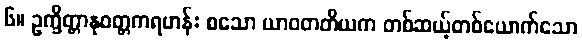
၆။ ဥက္ခိတ္တာနုဝတ္တကရဟန်း စသော ယာဝတတိယက တစ်ဆယ့်တစ်ယောက်သော